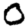
Digit: 0